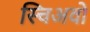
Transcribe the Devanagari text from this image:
स्चिअवो